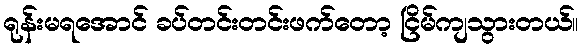
ရုန်းမရအောင် ခပ်တင်းတင်းဖက်တော့ ငြိမ်ကျသွားတယ်။